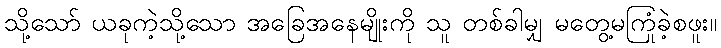
သို့သော် ယခုကဲ့သို့သော အခြေအနေမျိုးကို သူ တစ်ခါမျှ မတွေ့မကြုံခဲ့စဖူး။